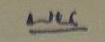
บน